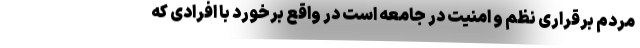
مردم برقراری نظم و امنیت در جامعه است در واقع برخورد با افرادی که